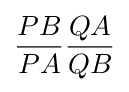
{\frac {PB}{PA}}{\frac {QA}{QB}}